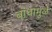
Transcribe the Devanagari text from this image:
बांधामुळे